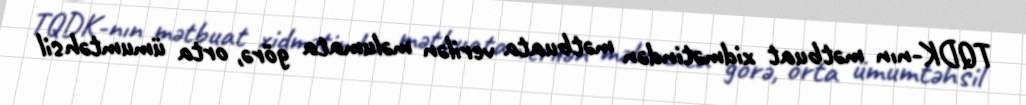
TQDK-nın mətbuat xidmətindən mətbuata verilən məlumata görə, orta ümumtəhsil